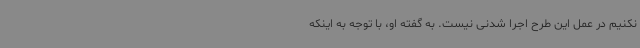
نکنیم در عمل این طرح اجرا شدنی نیست. به گفته او، با توجه به اینکه